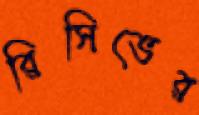
রিসিভের